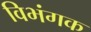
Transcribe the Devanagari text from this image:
विभंगक